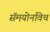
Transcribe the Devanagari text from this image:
सॅमयोनविच